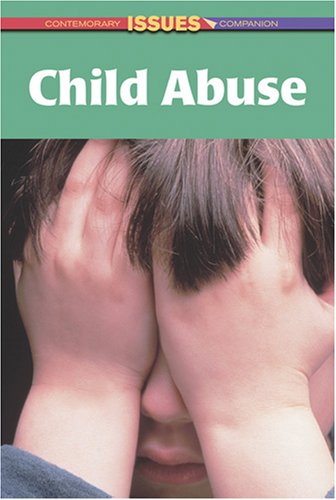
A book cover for Child Abuse (Contemporary Issues Companion); Teen & Young Adult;